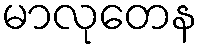
မာလုတေန